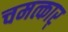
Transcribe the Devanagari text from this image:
चमत्कार्